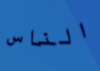
الناس